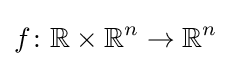
f\colon \mathbb {R} \times \mathbb {R} ^{n}\rightarrow \mathbb {R} ^{n}